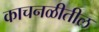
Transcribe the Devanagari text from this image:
काचनळीतील